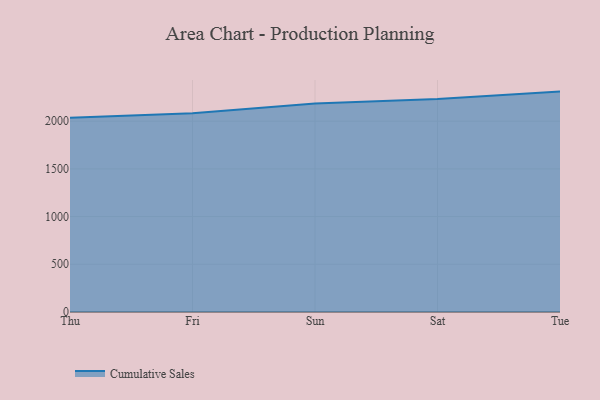
{"axis": {"x": "Day", "y": "Conversion Rate (%)"}, "legend": ["Cumulative Sales"], "data": [{"x": "Thu", "y": 2036.9, "type": "Cumulative Sales"}, {"x": "Fri", "y": 2082.0, "type": "Cumulative Sales"}, {"x": "Sun", "y": 2184.7, "type": "Cumulative Sales"}, {"x": "Sat", "y": 2231.2, "type": "Cumulative Sales"}, {"x": "Tue", "y": 2309.8, "type": "Cumulative Sales"}]}